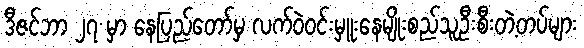
ဒီဇင်ဘာ ၂၇ မှာ နေပြည်တော်မှ လက်ဝဲ၀င်းမှူးနေမျိုးစည်သူဦးစီးတဲ့တပ်များ